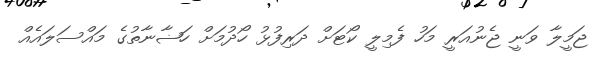
ޖަމީލާ ވަނީ ޖެނުއަރީ މަހު ފެމިލީ ކޯޓަށް ދަރިފުޅު ހޯދުމަށް ހަޟާނާތުގެ މައްސަލައެއް